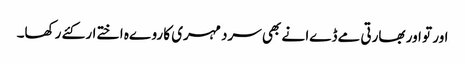
اور تو اور بھارتی مےڈےا نے بھی سرد مہری کا روےہ اختےار کئے رکھا۔